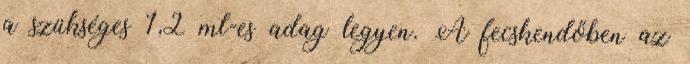
a szükséges 1,2 ml-es adag legyen. A fecskendőben az